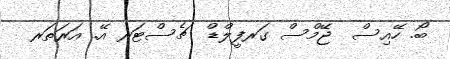
ބޯ. ހޭއިސް  ޖޭމްސް ގަރފީލްޑް  ޗެސްޓަރ އޭ. އަރަތަރ